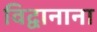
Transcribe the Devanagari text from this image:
विद्वानाना